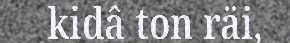
kidâ ton räi,